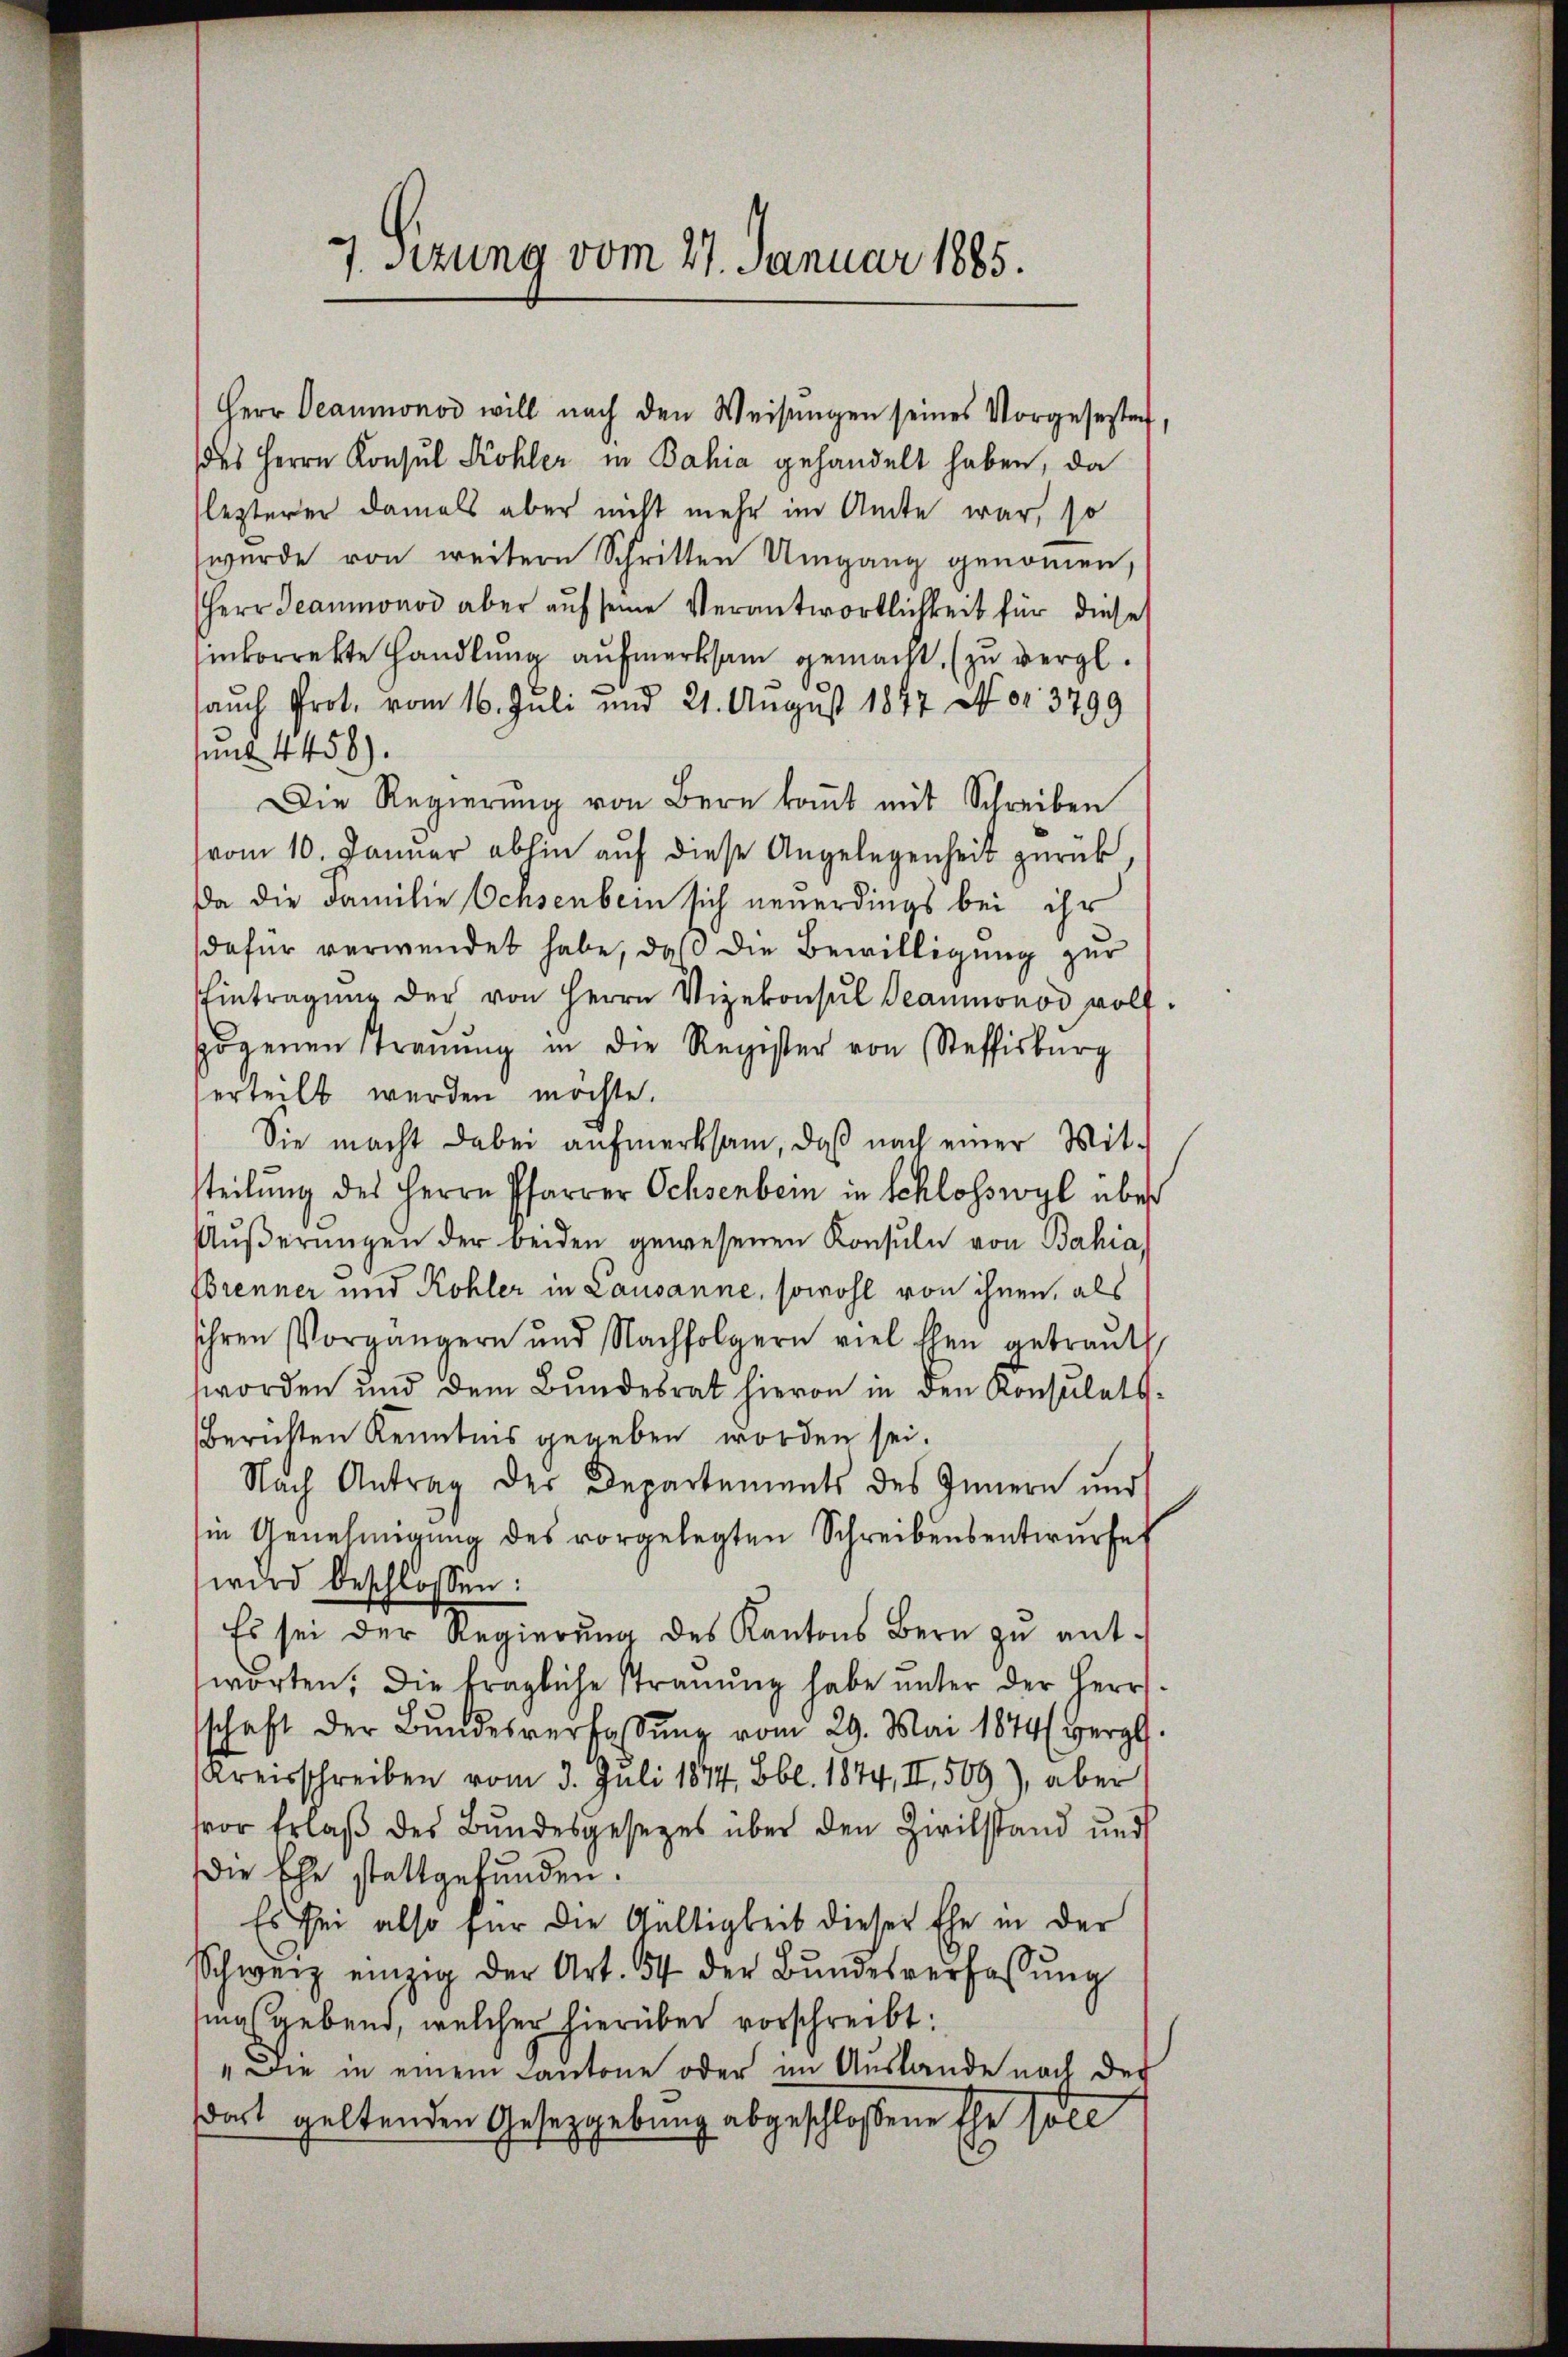
7 Sizung vom 27. Januar 1885.

Herr Beaumonos will nach den Weisŭngen seines Vorgesesten
des Herrn Konsul Kohler in Bahia gehandelt haben, da
lezterer damals aber nicht mehr im Amte war, so
wurde von weitere Schritten Umgang genommen,
Herr Beaumonod aber aŭf seine Verantwortlichkeit für diese
inkorrekte Handlung aufmerksam gemacht. (zu vergl.
auch Prot. vom 16. Juli und 21. August 1847 Nr. 3799
sung 4458).
Die Regierŭng von Bern koṁt mit Schreiben
vom 10. Januar abhin auf diese Angelegenheit zurück
Da die Familie Ochsenbein sich neuerdings bei ihr
dafür verwendet habe, daß die Bewilligung zur
Eintragung der von Herrn Vizekonsul Beaumonod wolf.
sogenen Stranŭng in die Register von Steffisburg
erteilt werden möchte.
Sie macht dabei aŭfmerksam, daß nach einer Mit-
steilung des Herrn Pfarrer Ochsenbein in Schlosswyl über
Aŭβerŭngen der beiden gewesenen Konsuln von Bahia,
Brenner und Kohler in Lausanne, sowohl von ihnen, als
sihren Vorgängern und Nachfolgern viel Ehen getraŭt.
worden und dem Bundesrat hievon in den Konsulats-
Berichten Kenntnis gegeben worden sei.
Nach Antrag der Departements des Innern und
in Genehmigung des vorgelegten Schreibensentwurfes
wird beschlossen:
Es sei der Regierung des Kantons Bern zu entworten, die fragliche Strauung habe unter der Herrsschaft der Bŭndesverfassŭng vom 29. Mai 1874 (vergl.
Kreisschreiben vom 3. Juli 1874, Bbl. 1874, II., 509), aber
or Erlaβ des Bundesgesetzes über den Zivilstand und
die Ehe stattgefunden.
Es sei also für die Gültigkeit dieser Ehe in der
Schweiz einzig der Art. 54 der Bŭndesverfassŭng
sing gebend, welcher hierüber vorschreibt:
" Die in einem Cantone oder im Auslande nach der
dort geltenden Gesetzgebung abgeschlossene Ehe soll